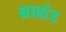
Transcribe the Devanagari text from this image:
ब्राह्मंड